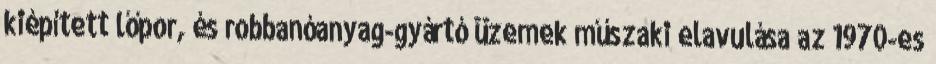
kiépített lőpor, és robbanóanyag-gyártó üzemek műszaki elavulása az 1970-es